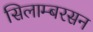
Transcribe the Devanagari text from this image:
सिलाम्बरसन